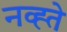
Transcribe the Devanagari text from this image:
नव्ह्ते